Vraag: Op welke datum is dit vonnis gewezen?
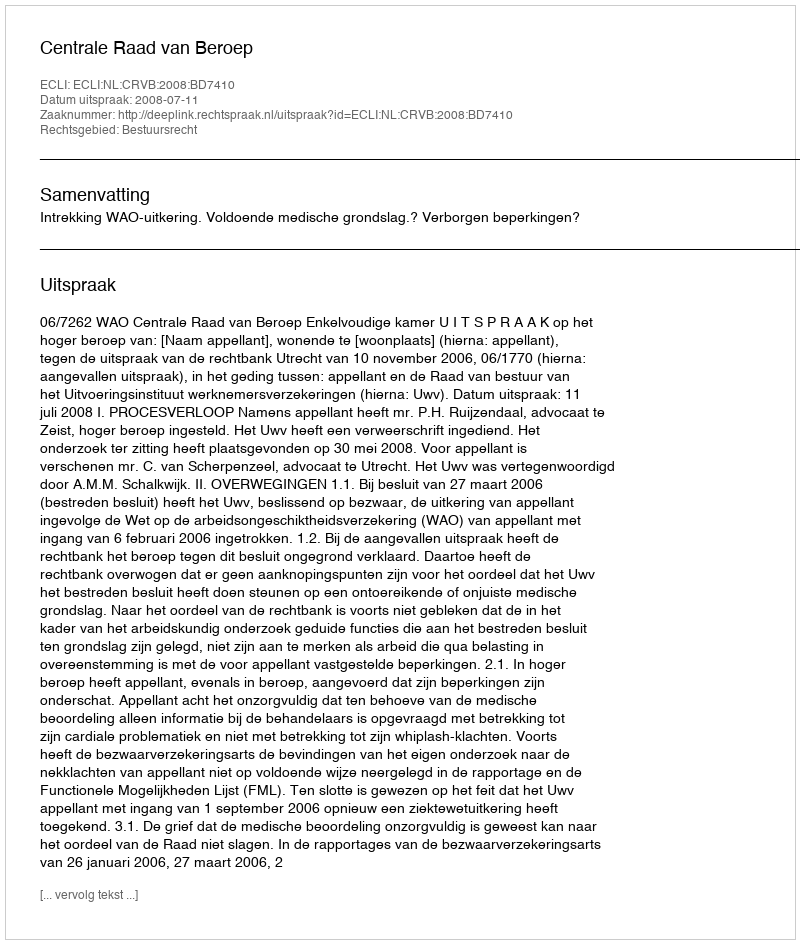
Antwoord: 2008-07-11